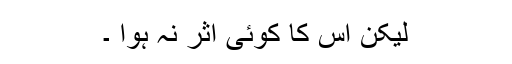
لیکن اس کا کوئی اثر نہ ہوا ۔